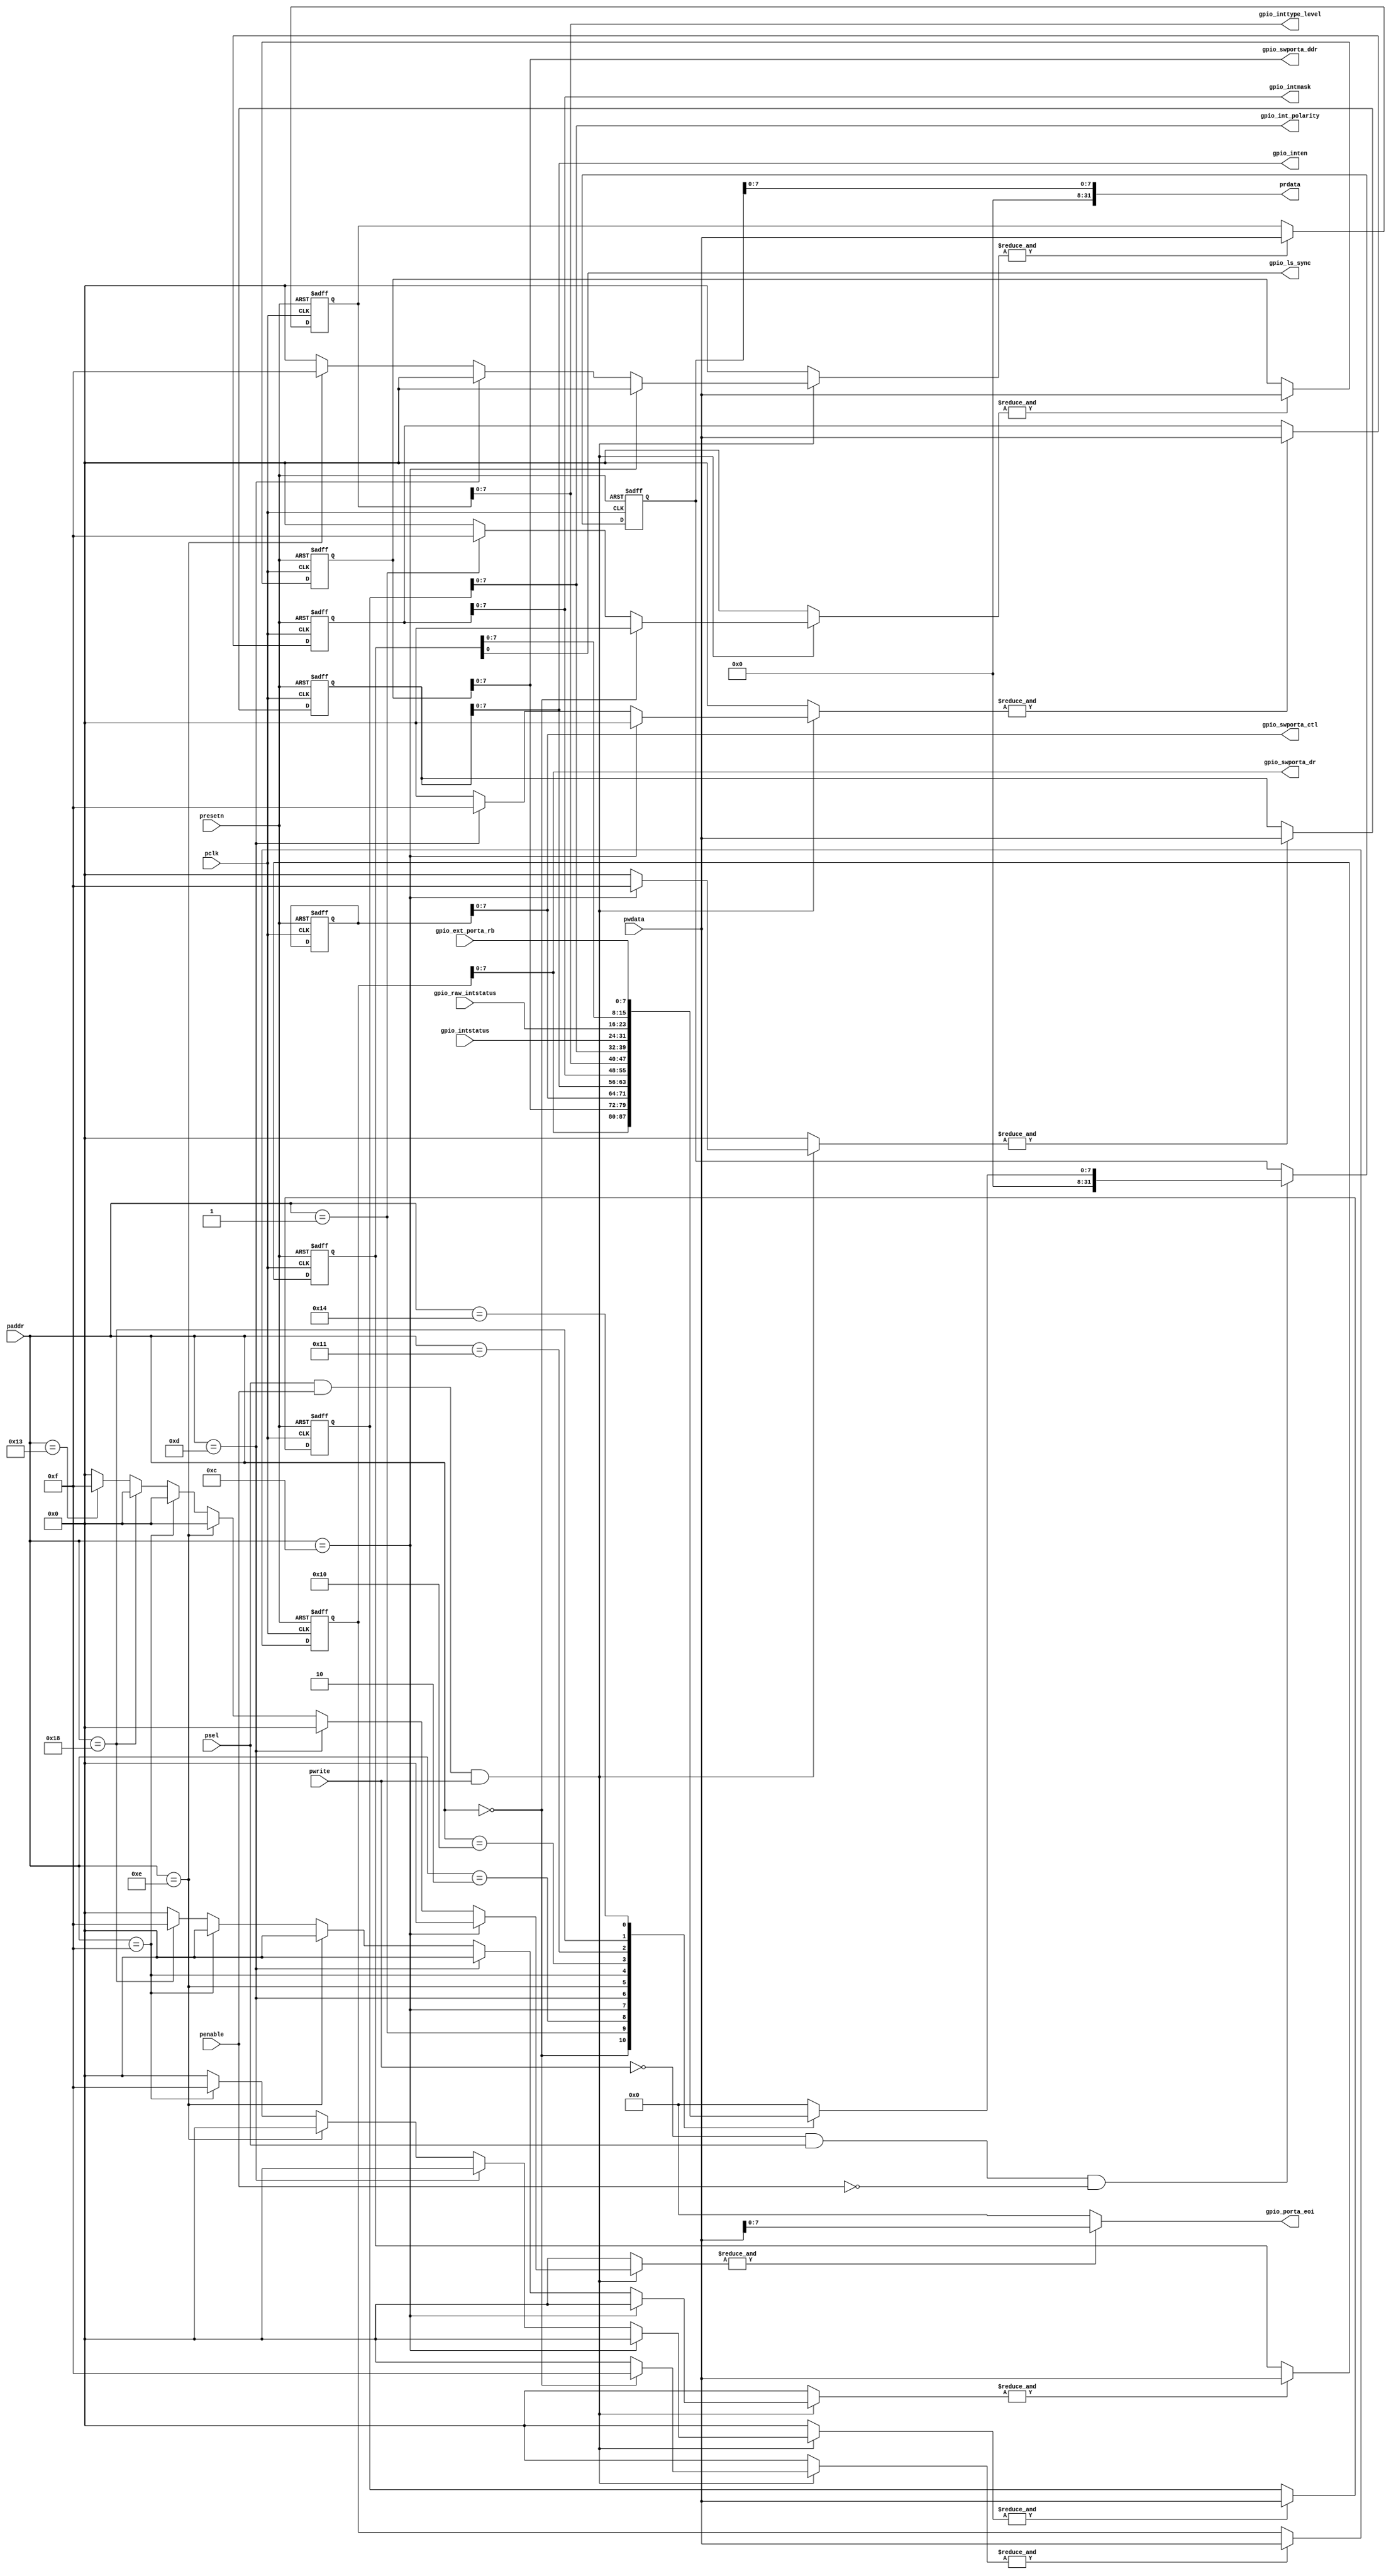
// *                                                                           *
// * C-Sky Microsystems Confidential                                           *
// * -------------------------------                                           *
// * This file and all its contents are properties of C-Sky Microsystems. The  *
// * information contained herein is confidential and proprietary and is not   *
// * to be disclosed outside of C-Sky Microsystems except under a              *
// * Non-Disclosure Agreement (NDA).                                           *
// *                                                                           *
// *****************************************************************************
// ORIGINAL TIME   :
// FUNCTION        : interface for apb bus
// RESET           : asynchronism
// DFT             :
// DFP             :
// VERIFICATION    :
// RELEASE HISTORY :
// *****************************************************************************

`define gpio_swporta_dr_OFFSET    5'b00000
`define gpio_swporta_ddr_OFFSET   5'b00001
`define gpio_swporta_ctl_OFFSET   5'b00010

`define gpio_inten_OFFSET         5'b01100
`define gpio_intmask_OFFSET       5'b01101
`define gpio_inttype_level_OFFSET 5'b01110
`define gpio_int_polarity_OFFSET  5'b01111
`define gpio_intstatus_OFFSET     5'b10000
`define gpio_raw_intstatus_OFFSET 5'b10001

`define gpio_porta_eoi_OFFSET     5'b10011
`define gpio_ext_porta_OFFSET     5'b10100

`define gpio_ls_sync_OFFSET       5'b11000


// &ModuleBeg; @38
module gpio_apbif(
  gpio_ext_porta_rb,
  gpio_int_polarity,
  gpio_inten,
  gpio_intmask,
  gpio_intstatus,
  gpio_inttype_level,
  gpio_ls_sync,
  gpio_porta_eoi,
  gpio_raw_intstatus,
  gpio_swporta_ctl,
  gpio_swporta_ddr,
  gpio_swporta_dr,
  paddr,
  pclk,
  penable,
  prdata,
  presetn,
  psel,
  pwdata,
  pwrite
);

// &Ports; @39
input   [7 :0]  gpio_ext_porta_rb;     
input   [7 :0]  gpio_intstatus;        
input   [7 :0]  gpio_raw_intstatus;    
input   [6 :2]  paddr;                 
input           pclk;                  
input           penable;               
input           presetn;               
input           psel;                  
input   [31:0]  pwdata;                
input           pwrite;                
output  [7 :0]  gpio_int_polarity;     
output  [7 :0]  gpio_inten;            
output  [7 :0]  gpio_intmask;          
output  [7 :0]  gpio_inttype_level;    
output          gpio_ls_sync;          
output  [7 :0]  gpio_porta_eoi;        
output  [7 :0]  gpio_swporta_ctl;      
output  [7 :0]  gpio_swporta_ddr;      
output  [7 :0]  gpio_swporta_dr;       
output  [31:0]  prdata;                

// &Regs; @40
reg     [3 :0]  gpio_int_polarity_wen; 
reg     [3 :0]  gpio_inten_wen;        
reg     [3 :0]  gpio_intmask_wen;      
reg     [3 :0]  gpio_inttype_level_wen; 
reg     [3 :0]  gpio_ls_sync_wen;      
reg     [3 :0]  gpio_porta_eoi_wen;    
reg     [3 :0]  gpio_swporta_ctl_wen;  
reg     [3 :0]  gpio_swporta_ddr_wen;  
reg     [3 :0]  gpio_swporta_dr_wen;   
reg     [31:0]  int_gpio_int_polarity; 
reg     [31:0]  int_gpio_inten;        
reg     [31:0]  int_gpio_intmask;      
reg     [31:0]  int_gpio_inttype_level; 
reg     [31:0]  int_gpio_ls_sync;      
reg     [31:0]  int_gpio_porta_eoi;    
reg     [31:0]  int_gpio_swporta_ctl;  
reg     [31:0]  int_gpio_swporta_ddr;  
reg     [31:0]  int_gpio_swporta_dr;   
reg     [31:0]  iprdata;               
reg     [31:0]  prdata;                
reg     [31:0]  pwdata_int;            
reg     [31:0]  ri_gpio_ext_porta_rb;  
reg     [31:0]  ri_gpio_int_polarity;  
reg     [31:0]  ri_gpio_inten;         
reg     [31:0]  ri_gpio_intmask;       
reg     [31:0]  ri_gpio_intstatus;     
reg     [31:0]  ri_gpio_inttype_level; 
reg     [31:0]  ri_gpio_ls_sync;       
reg     [31:0]  ri_gpio_raw_intstatus; 
reg     [31:0]  ri_gpio_swporta_ctl;   
reg     [31:0]  ri_gpio_swporta_ddr;   
reg     [31:0]  ri_gpio_swporta_dr;    

// &Wires; @41
wire    [7 :0]  gpio_ext_porta_rb;     
wire    [7 :0]  gpio_int_polarity;     
wire    [7 :0]  gpio_inten;            
wire    [7 :0]  gpio_intmask;          
wire    [7 :0]  gpio_intstatus;        
wire    [7 :0]  gpio_inttype_level;    
wire            gpio_ls_sync;          
wire    [7 :0]  gpio_porta_eoi;        
wire    [7 :0]  gpio_raw_intstatus;    
wire    [7 :0]  gpio_swporta_ctl;      
wire    [7 :0]  gpio_swporta_ddr;      
wire    [7 :0]  gpio_swporta_dr;       
wire    [6 :2]  paddr;                 
wire            pclk;                  
wire            penable;               
wire            presetn;               
wire            psel;                  
wire    [31:0]  pwdata;                
wire            pwrite;                


// pwdata_int assigns to pwdata and padded with zero's
// &CombBeg; @44
always @( pwdata[31:0])
begin
  pwdata_int = {31{1'b0}};
  pwdata_int[31:0] = pwdata[31:0];
// &CombEnd; @47
end

// Generate Write Enable bus for gpio_swporta_dr register,
// gpio_swporta_dr register and gpio_swporta_ctl register.
// &CombBeg; @51
always @( paddr[6:2]
       or penable
       or psel
       or pwrite)
begin
  gpio_swporta_dr_wen[3:0] = 4'b0000;
  gpio_swporta_ddr_wen[3:0] = 4'b0000;
  gpio_swporta_ctl_wen[3:0] = 4'b0000;
  
  if((psel == 1'b1) && (penable == 1'b1) && (pwrite == 1'b1)) 
  begin
    if(paddr[6:2] ==
       `gpio_swporta_dr_OFFSET) 
    begin
      gpio_swporta_dr_wen[3:0] = {4{1'b1}};
    end
    else if(paddr[6:2] ==
            `gpio_swporta_ddr_OFFSET) 
    begin
      gpio_swporta_ddr_wen[3:0] = {4{1'b1}};
    end
    else if(paddr[6:2] ==
            `gpio_swporta_ctl_OFFSET) 
    begin
      gpio_swporta_ctl_wen[3:0] = {4{1'b0}};
    end
  end
// &CombEnd; @74
end

// Generate Write Enable bus for gpio_inten register, 
// gpio_intmask register, gpio_inttype_level register,
// gpio_int_polarity register, gpio_ls_sync register
// and clear gpio_porta_eoi register.
// &CombBeg; @80
always @( paddr[6:2]
       or penable
       or psel
       or pwrite)
begin
  gpio_inten_wen[3:0] = 4'b0000;
  gpio_intmask_wen[3:0] = 4'b0000;
  gpio_inttype_level_wen[3:0] = 4'b0000;
  gpio_int_polarity_wen[3:0] = 4'b0000;
  gpio_ls_sync_wen[3:0] = 4'b0000;
  gpio_porta_eoi_wen[3:0] = 4'b0000;
  
  if((psel == 1'b1) && (penable == 1'b1) && (pwrite == 1'b1)) 
  begin
    if(paddr[6:2] ==
       `gpio_inten_OFFSET) 
    begin
      gpio_inten_wen[3:0] = {4{1'b1}};
    end 
    else if(paddr[6:2] ==
            `gpio_intmask_OFFSET) 
    begin
      gpio_intmask_wen[3:0] = {4{1'b1}};
    end
    else if(paddr[6:2] ==
            `gpio_inttype_level_OFFSET)
    begin
      gpio_inttype_level_wen[3:0] = {4{1'b1}};
    end
    else if(paddr[6:2] ==
            `gpio_int_polarity_OFFSET) 
    begin
      gpio_int_polarity_wen[3:0] = {4{1'b1}};
    end
    else if(paddr[6:2] ==
            `gpio_ls_sync_OFFSET) 
    begin
      gpio_ls_sync_wen[3:0] = {4{1'b1}};
    end
    else if(paddr[6:2] ==
            `gpio_porta_eoi_OFFSET)
    begin
      gpio_porta_eoi_wen[3:0] = {4{1'b1}};
    end
  end
// &CombEnd; @121
end

// Register used to store Software Port A Data register
always@(posedge pclk or negedge presetn)
begin
  if(!presetn)
    int_gpio_swporta_dr[31:0] <= {32{1'b0}}; 
  else
    if(&gpio_swporta_dr_wen)
      int_gpio_swporta_dr[31:0] <= pwdata_int[31:0];
end

assign gpio_swporta_dr[7:0] = int_gpio_swporta_dr[7:0];

// &CombBeg; @135
always @( int_gpio_swporta_dr[7:0])
begin
  ri_gpio_swporta_dr[31:0] = {32{1'b0}};
  ri_gpio_swporta_dr[7:0] = int_gpio_swporta_dr[7:0];
// &CombEnd; @138
end

// Register used to store Software Port A Data Direction register
always@(posedge pclk or negedge presetn)
begin
  if(!presetn)
    int_gpio_swporta_ddr[31:0] <= {32{1'b0}};
  else
    if(&gpio_swporta_ddr_wen)
      int_gpio_swporta_ddr[31:0] <= pwdata_int[31:0];
end

assign gpio_swporta_ddr[7:0] = int_gpio_swporta_ddr[7:0];

// &CombBeg; @152
always @( int_gpio_swporta_ddr[7:0])
begin
  ri_gpio_swporta_ddr[31:0] = {32{1'b0}};
  ri_gpio_swporta_ddr[7:0] = int_gpio_swporta_ddr[7:0];
// &CombEnd; @155
end

// Register used to store Software Port A mode control register
always@(posedge pclk or negedge presetn)
begin
  if(!presetn)
    int_gpio_swporta_ctl[31:0] <= {32{1'b0}};
  else
    if(&gpio_swporta_ctl_wen)
      int_gpio_swporta_ctl[31:0] <= pwdata_int[31:0];
end

assign gpio_swporta_ctl[7:0] = int_gpio_swporta_ctl[7:0];

// &CombBeg; @169
always @( int_gpio_swporta_ctl[7:0])
begin
  ri_gpio_swporta_ctl[31:0] = {32{1'b0}};
  ri_gpio_swporta_ctl[7:0] = int_gpio_swporta_ctl[7:0];
// &CombEnd; @172
end

// Register used to store Interrupt Enable for each bit 
// of Port A
always@(posedge pclk or negedge presetn)
begin
  if(!presetn)
    int_gpio_inten[31:0] <= 32'b0;
  else 
    if(&gpio_inten_wen)
      int_gpio_inten[31:0] <= pwdata_int[31:0];
end

assign gpio_inten[7:0] = int_gpio_inten[7:0];

// &CombBeg; @187
always @( int_gpio_inten[7:0])
begin
  ri_gpio_inten[31:0] = {32{1'b0}};
  ri_gpio_inten[7:0] = int_gpio_inten[7:0];
// &CombEnd; @190
end

// Register used to store Interrupt mask for each bit of Port A
always@(posedge pclk or negedge presetn)
begin
  if(!presetn)
    int_gpio_intmask[31:0] <= 32'b0;
  else 
    if(&gpio_intmask_wen)
      int_gpio_intmask[31:0] <= pwdata_int[31:0];
end

assign gpio_intmask[7:0] = int_gpio_intmask[7:0];

// &CombBeg; @204
always @( int_gpio_intmask[7:0])
begin
  ri_gpio_intmask[31:0] = {32{1'b0}};
  ri_gpio_intmask[7:0] = int_gpio_intmask[7:0];
// &CombEnd; @207
end

// Register used to store Interrupt type, level or edge,  for each bit of Port A
always@(posedge pclk or negedge presetn)
begin
  if(!presetn)
    int_gpio_inttype_level[31:0] <= 32'b0;
  else 
    if(&gpio_inttype_level_wen)
      int_gpio_inttype_level[31:0] <= pwdata_int[31:0];
end

assign gpio_inttype_level[7:0] = int_gpio_inttype_level[7:0];

// &CombBeg; @221
always @( int_gpio_inttype_level[7:0])
begin
  ri_gpio_inttype_level[31:0] = {32{1'b0}};
  ri_gpio_inttype_level[7:0] = int_gpio_inttype_level[7:0];
// &CombEnd; @224
end

// Register used to store Interrupt polarity for each bit of Port A
always@(posedge pclk or negedge presetn)
begin
  if(!presetn)
    int_gpio_int_polarity[31:0] <= 32'b0;
  else 
    if(&gpio_int_polarity_wen)
      int_gpio_int_polarity[31:0] <= pwdata_int[31:0];
end

assign gpio_int_polarity[7:0] = int_gpio_int_polarity[7:0];

// &CombBeg; @238
always @( int_gpio_int_polarity[7:0])
begin
  ri_gpio_int_polarity[31:0] = {32{1'b0}};
  ri_gpio_int_polarity[7:0] = int_gpio_int_polarity[7:0];
// &CombEnd; @241
end

// Register used to store level sensitive interrupt synchronization
always@(posedge pclk or negedge presetn)
begin
  if(!presetn)
    int_gpio_ls_sync[31:0] <= 32'b0;
  else 
    if(&gpio_ls_sync_wen)
      int_gpio_ls_sync[31:0] <= pwdata_int[31:0];
end

assign gpio_ls_sync = int_gpio_ls_sync[0];

// &CombBeg; @255
always @( int_gpio_ls_sync[7:0])
begin
  ri_gpio_ls_sync[31:0] = {32{1'b0}};
  ri_gpio_ls_sync[7:0] = int_gpio_ls_sync[7:0];
// &CombEnd; @258
end

// A write to Interrupt clear address generates pulse
// to control logic to clear interrupt.
// &CombBeg; @262
always @( gpio_porta_eoi_wen
       or pwdata_int[31:0])
begin
  int_gpio_porta_eoi[31:0] = {32{1'b0}};
  if(&gpio_porta_eoi_wen)
    int_gpio_porta_eoi[31:0] = pwdata_int[31:0];
// &CombEnd; @266
end

assign gpio_porta_eoi[7:0] = int_gpio_porta_eoi[7:0];

// Read only raw interrupt status register from ctrl block
// &CombBeg; @271
always @( gpio_intstatus[7:0]
       or gpio_raw_intstatus[7:0])
begin
  ri_gpio_raw_intstatus[31:0] = {32{1'b0}};
  ri_gpio_intstatus[31:0] = {32{1'b0}};

  ri_gpio_raw_intstatus[7:0] = gpio_raw_intstatus[7:0];
  ri_gpio_intstatus[7:0] = gpio_intstatus[7:0];
// &CombEnd; @277
end

// &CombBeg; @279
always @( gpio_ext_porta_rb[7:0])
begin
  ri_gpio_ext_porta_rb[31:0] = {32{1'b0}};

  ri_gpio_ext_porta_rb[7:0] = gpio_ext_porta_rb[7:0];
// &CombEnd; @283
end

// Output of Read back data mux registered and driven onto 
// prdata bus. 
always @(posedge pclk or negedge presetn)
begin
  if(!presetn)
    iprdata[31:0] <= {32{1'b0}};
  else
    if((pwrite == 1'b0) && (psel == 1'b1) && (penable == 1'b0))
      case(paddr[6:2])
        `gpio_swporta_dr_OFFSET    : iprdata <= ri_gpio_swporta_dr;
        `gpio_swporta_ddr_OFFSET   : iprdata <= ri_gpio_swporta_ddr;
        `gpio_swporta_ctl_OFFSET   : iprdata <= ri_gpio_swporta_ctl;
        `gpio_inten_OFFSET         : iprdata <= ri_gpio_inten;
        `gpio_intmask_OFFSET       : iprdata <= ri_gpio_intmask;
        `gpio_inttype_level_OFFSET : iprdata <= ri_gpio_inttype_level;
        `gpio_int_polarity_OFFSET  : iprdata <= ri_gpio_int_polarity;
        `gpio_intstatus_OFFSET     : iprdata <= ri_gpio_intstatus;
        `gpio_raw_intstatus_OFFSET : iprdata <= ri_gpio_raw_intstatus;
        `gpio_ls_sync_OFFSET       : iprdata <= ri_gpio_ls_sync;
        `gpio_ext_porta_OFFSET     : iprdata <= ri_gpio_ext_porta_rb;
        default : iprdata[31:0] <= {32{1'b0}};
      endcase
end

// &CombBeg; @309
always @( iprdata[7:0])
begin
  prdata[31:0] = {32{1'b0}};
  prdata[7:0] = iprdata[7:0];
// &CombEnd; @312
end

// &ModuleEnd; @314
endmodule